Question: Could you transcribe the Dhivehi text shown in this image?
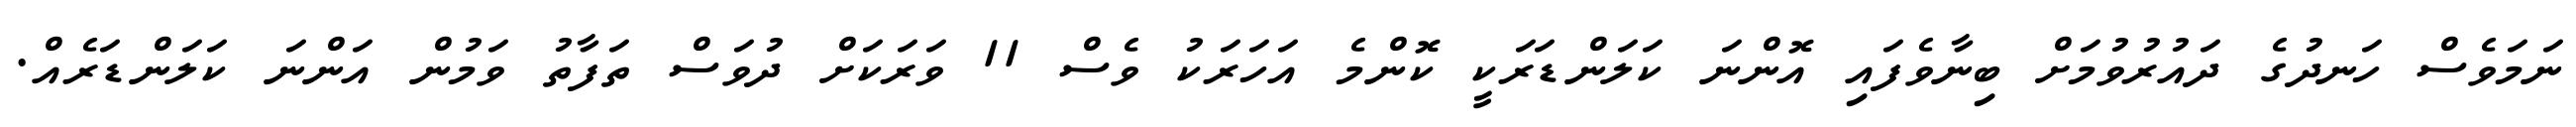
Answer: ނަމަވެސް ހަނދުގެ ދައުރުވުމަށް ބިނާވެފައި އޮންނަ ކަލަންޑަރަކީ ކޮންމެ އަހަރަކު ވެސް 11 ވަރަކަށް ދުވަސް ތަފާތު ވަމުން އަންނަ ކަލަންޑަރެއް.